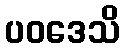
ပဝဒေသိ